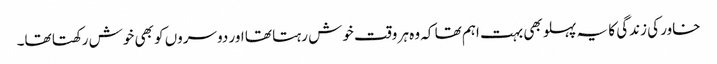
خاور کی زندگی کا یہ پہلو بھی بہت اہم تھا کہ وہ ہر وقت خوش رہتا تھا اور دوسروں کو بھی خوش رکھتا تھا۔